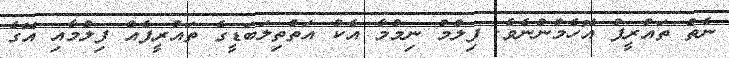
ނެތް ތައުރީފު އޮހެމުންނެވެ. ފިލްމު ނިމުމާ އެކު އަތްތިލަބަޑީގެ ތައުރީފެއް ފިލްމާއި އޭގެ